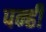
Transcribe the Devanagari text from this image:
पन्हीं